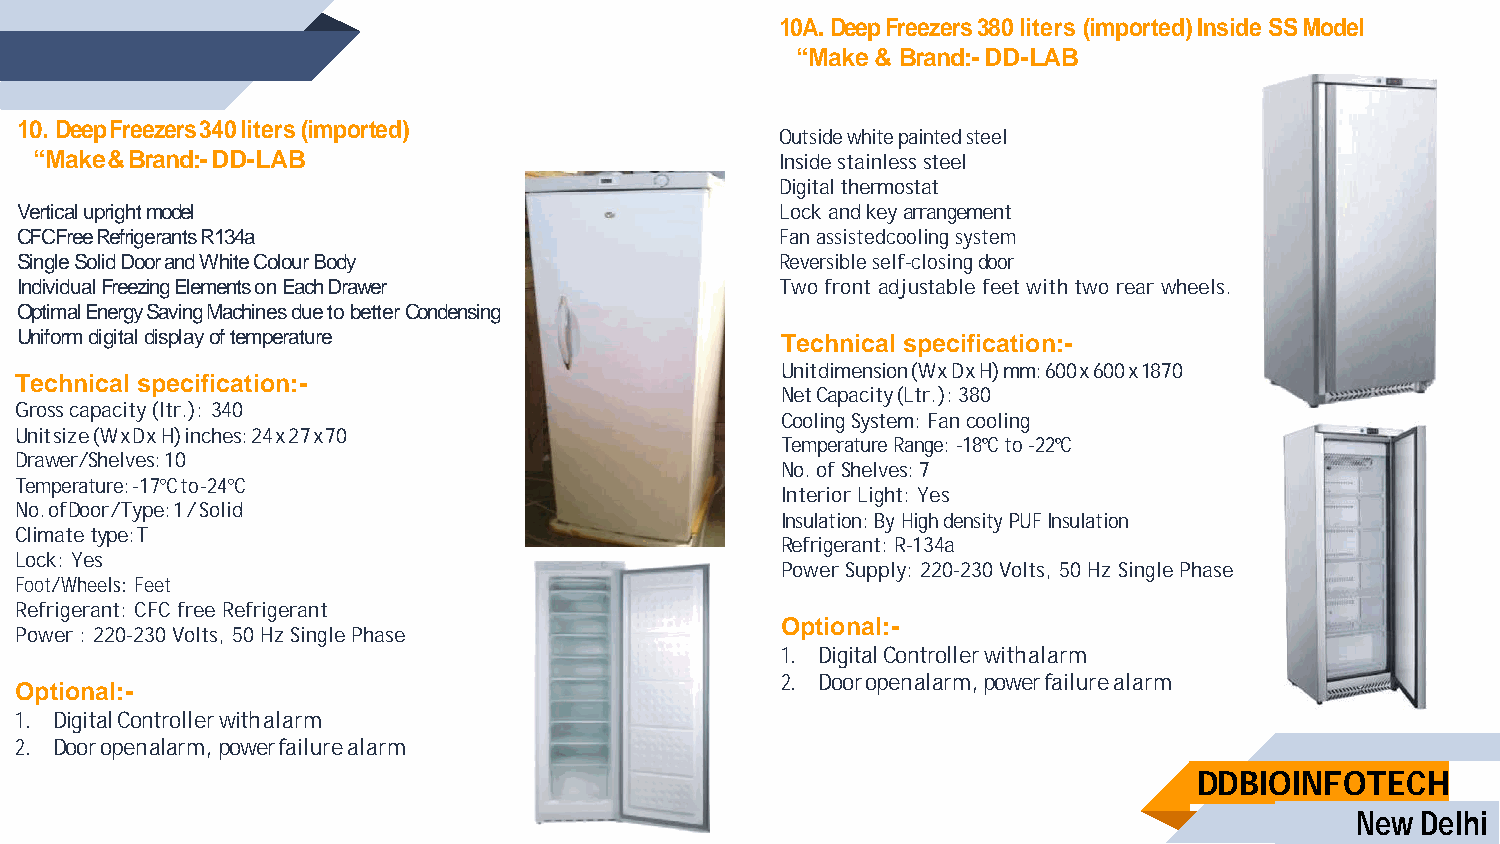
10A. Deep Freezers 380 liters (imported) Inside SS Model
 “Make & Brand:- DD-LAB
 10. Deep Freezers 340 liters (imported)
 Outside white painted steel
 “Make & Brand:- DD-LAB                            Inside stainless steel
 Digital thermostat
 Vertical upright model                             Lock and key arrangement
 CFCFree Refrigerants R134a                         Fan assistedcooling system
 Single Solid Door and White Colour Body            Reversible self-closing door
 Individual Freezing Elements on Each Drawer        Two front adjustable feet with two rear wheels.
 Optimal Energy Saving Machines due to better Condensing
 Uniform digital display of temperature             Technical specification:-
 Unit dimension (W x D x H) mm: 600 x 600 x 1870
 Technical specification:-
 Net Capacity (Ltr.): 380
 Gross capacity (ltr.): 340
 Cooling System: Fan cooling
 Unit size (W x Dx H) inches: 24 x 27 x 70
 Temperature Range: -18ºC to -22ºC
 Drawer/Shelves: 10
 No. of Shelves: 7
 Temperature: -17°C to -24°C
 Interior Light: Yes
 No. of Door /Type: 1 / Solid
 Insulation: By High density PUF Insulation
 Climate type: T
 Refrigerant: R-134a
 Lock: Yes
 Power Supply: 220-230 Volts, 50 Hz Single Phase
 Foot/Wheels: Feet
 Refrigerant: CFC free Refrigerant
 Optional:-
 Power : 220-230 Volts, 50 Hz Single Phase
 1. Digital Controller with alarm
 2. Door open alarm, power failure alarm
 Optional:-
 1. Digital Controller with alarm
 2. Door open alarm, power failure alarm
 DDBIOINFOTECH
 New Delhi